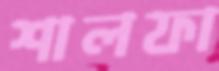
শালফা